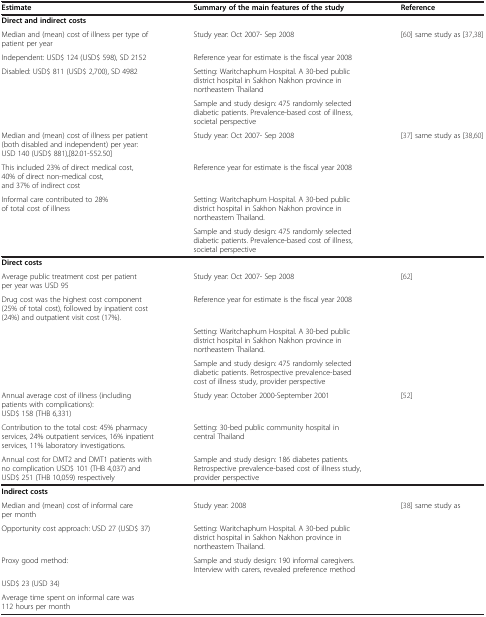
<table><thead><tr><td><b>Estimate</b></td><td><b>Summary of the main features of the study</b></td><td><b>Reference</b></td></tr></thead><tbody><tr><td><b>Direct and indirect costs</b></td><td> </td><td> </td></tr><tr><td>Median and (mean) cost of illness per type of patient per year</td><td>Study year: Oct 2007- Sep 2008</td><td rowspan="3">[60] same study as [37,38]</td></tr><tr><td>Independent: USD$ 124 (USD$ 598), SD 2152</td><td>Reference year for estimate is the fiscal year 2008</td></tr><tr><td>Disabled: USD$ 811 (USD$ 2,700), SD 4982</td><td>Setting: Waritchaphum Hospital. A 30-bed public district hospital in Sakhon Nakhon province in northeastern Thailand</td></tr><tr><td> </td><td>Sample and study design: 475 randomly selected diabetic patients. Prevalence-based cost of illness, societal perspective</td><td> </td></tr><tr><td>Median and (mean) cost of illness per patient (both disabled and independent) per year: USD 140 (USD$ 881),[82.01-552.50]</td><td>Study year: Oct 2007- Sep 2008</td><td rowspan="3">[37] same study as [38,60]</td></tr><tr><td>This included 23% of direct medical cost, 40% of direct non-medical cost, and 37% of indirect cost</td><td>Reference year for estimate is the fiscal year 2008</td></tr><tr><td>Informal care contributed to 28% of total cost of illness</td><td>Setting: Waritchaphum Hospital. A 30-bed public district hospital in Sakhon Nakhon province in northeastern Thailand.</td></tr><tr><td> </td><td>Sample and study design: 475 randomly selected diabetic patients. Prevalence-based cost of illness, societal perspective</td><td> </td></tr><tr><td><b>Direct costs</b></td><td> </td><td> </td></tr><tr><td>Average public treatment cost per patient per year was USD 95</td><td>Study year: Oct 2007- Sep 2008</td><td rowspan="3">[62]</td></tr><tr><td>Drug cost was the highest cost component (25% of total cost), followed by inpatient cost (24%) and outpatient visit cost (17%).</td><td>Reference year for estimate is the fiscal year 2008</td></tr><tr><td> </td><td>Setting: Waritchaphum Hospital. A 30-bed public district hospital in Sakhon Nakhon province in northeastern Thailand.</td></tr><tr><td> </td><td>Sample and study design: 475 randomly selected diabetic patients. Retrospective prevalence-based cost of illness study, provider perspective</td><td> </td></tr><tr><td>Annual average cost of illness (including patients with complications): USD$ 158 (THB 6,331)</td><td>Study year: October 2000-September 2001</td><td rowspan="2">[52]</td></tr><tr><td>Contribution to the total cost: 45% pharmacy services, 24% outpatient services, 16% inpatient services, 11% laboratory investigations.</td><td>Setting: 30-bed public community hospital in central Thailand</td></tr><tr><td>Annual cost for DMT2 and DMT1 patients with no complication USD$ 101 (THB 4,037) and USD$ 251 (THB 10,059) respectively</td><td>Sample and study design: 186 diabetes patients. Retrospective prevalence-based cost of illness study, provider perspective</td><td> </td></tr><tr><td><b>Indirect costs</b></td><td> </td><td> </td></tr><tr><td>Median and (mean) cost of informal care per month</td><td>Study year: 2008</td><td rowspan="4">[38] same study as</td></tr><tr><td>Opportunity cost approach: USD 27 (USD$ 37)</td><td>Setting: Waritchaphum Hospital. A 30-bed public district hospital in Sakhon Nakhon province in northeastern Thailand.</td></tr><tr><td>Proxy good method:</td><td>Sample and study design: 190 informal caregivers. Interview with carers, revealed preference method</td></tr><tr><td>USD$ 23 (USD 34)</td><td> </td></tr><tr><td>Average time spent on informal care was 112 hours per month</td><td> </td><td> </td></tr></tbody></table>